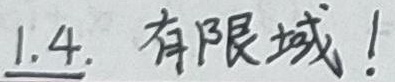
\underline{1.4.} 有限域！